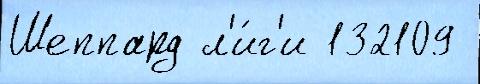
Шеппард л'и́г'и 132109